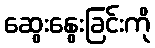
ဆွေးနွေးခြင်းကို